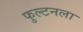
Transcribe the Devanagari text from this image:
फुल्टनला